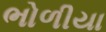
ભોળીયા